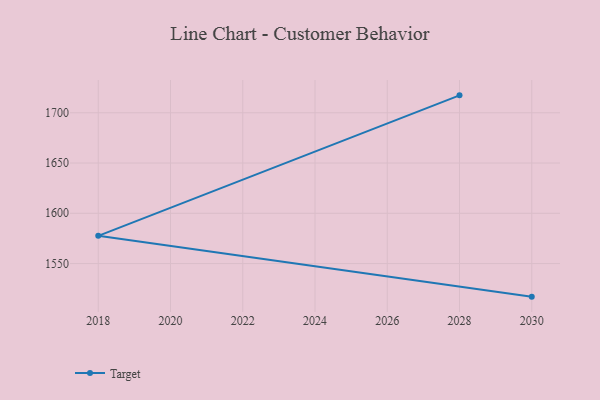
{"axis": {"x": "Year", "y": "LTV (USD)"}, "legend": ["Target"], "data": [{"x": "2030", "y": 1517.1, "type": "Target"}, {"x": "2018", "y": 1577.6, "type": "Target"}, {"x": "2028", "y": 1717.3, "type": "Target"}]}